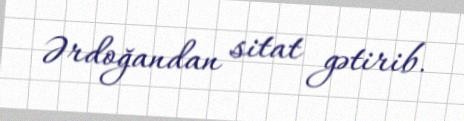
Ərdoğandan sitat gətirib.